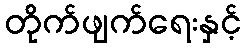
တိုက်ဖျက်ရေးနှင့်